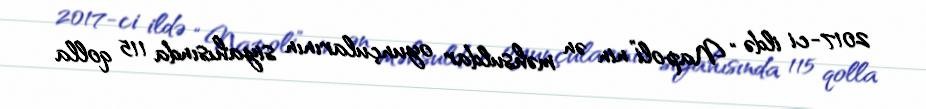
2017-ci ildə “Napoli”nin ən məhsuldar oyunçularının siyahısında 115 qolla